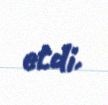
etdi.